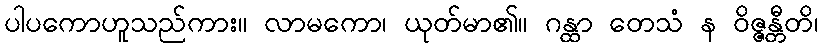
ပါပကောဟူသည်ကား။ လာမကော၊ ယုတ်မာ၏။ ဂန္ထာ တေသံ န ဝိဇ္ဇန္တီတိ၊